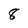
Character: 8